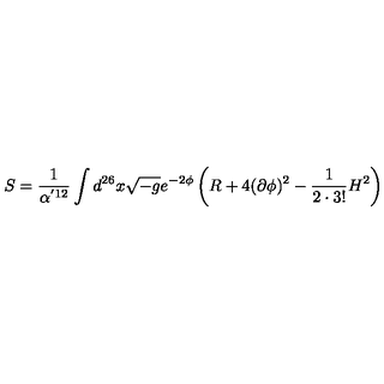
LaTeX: S = \frac { 1 } { \alpha ^ { ' 1 2 } } \int d ^ { 2 6 } x \sqrt { - g } e ^ { - 2 \phi } \left( R + 4 ( \partial \phi ) ^ { 2 } - \frac { 1 } { 2 \cdot 3 ! } H ^ { 2 } \right)